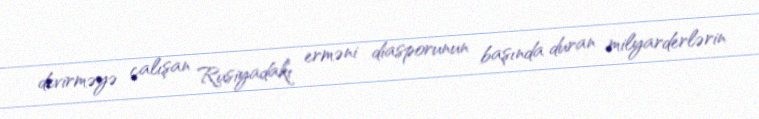
devirməyə çalışan Rusiyadakı erməni diasporunun başında duran milyarderlərin